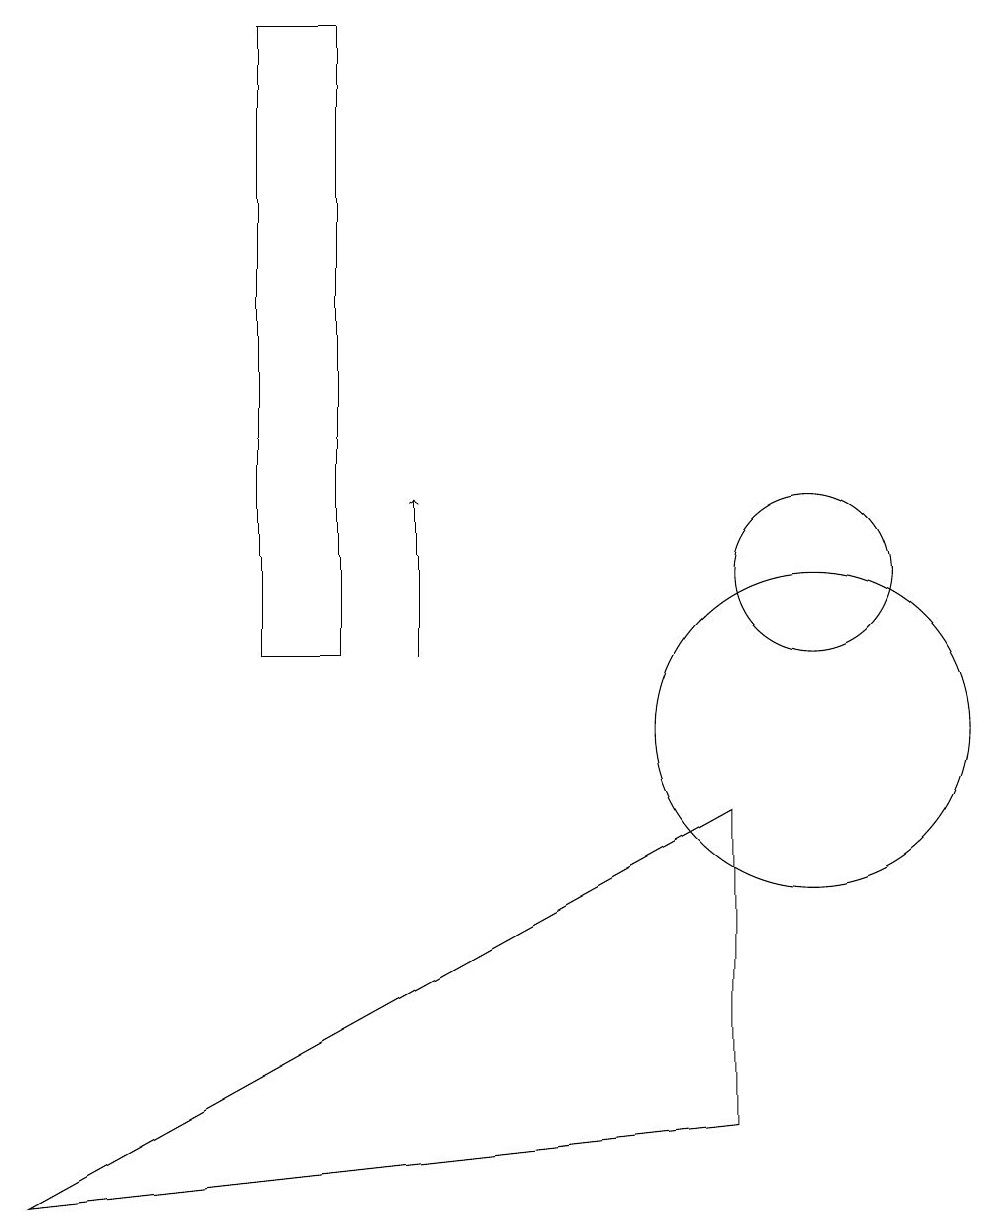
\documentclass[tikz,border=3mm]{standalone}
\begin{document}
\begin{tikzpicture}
\draw (4,11) rectangle (3,19);
\draw (0,4) -- (9,5) -- (9,9) -- cycle;
\draw (10,10) circle (2);
\draw[->] (5,11) -- (5,13);
\draw (10,12) circle (1);
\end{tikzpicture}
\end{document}